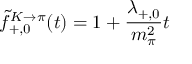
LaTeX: \tilde { f } _ { + , 0 } ^ { K \rightarrow \pi } ( t ) = 1 + \frac { \lambda _ { + , 0 } } { m _ { \pi } ^ { 2 } } t \,